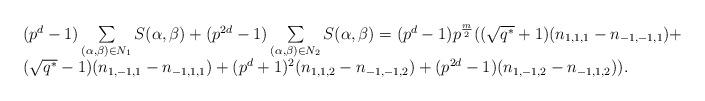
LaTeX: \begin{align*} \begin{array}{ll}&(p^d-1)\sum\limits_{(\alpha,\beta)\in N_1}S(\alpha,\beta)+(p^{2d}-1)\sum\limits_{(\alpha,\beta)\in N_2}S(\alpha,\beta)=(p^d-1)p^{\frac{m}{2}}((\sqrt{q^*}+1)(n_{1,1,1}-n_{-1,-1,1})+\\&(\sqrt{q^*}-1)(n_{1,-1,1}-n_{-1,1,1})+(p^d+1)^2(n_{1,1,2}-n_{-1,-1,2})+(p^{2d}-1)(n_{1,-1,2}-n_{-1,1,2})). \end{array}\end{align*}